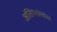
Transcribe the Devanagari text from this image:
अंतिमसंस्कार